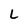
Character: L